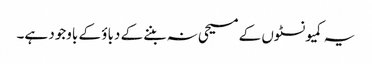
یہ کمیونسٹوں کے مسیحی نہ بننے کے دباؤ کے باوجود ہے۔